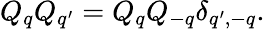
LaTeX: Q_{q}Q_{q^{\prime}}=Q_{q}Q_{-q}\delta_{q^{\prime},-q}.